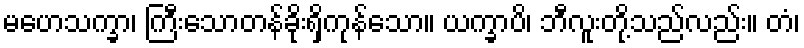
မဟေသက္ခာ၊ ကြီးသောတန်ခိုးရှိကုန်သော။ ယက္ခာပိ၊ ဘီလူးတို့သည်လည်း။ တံ၊